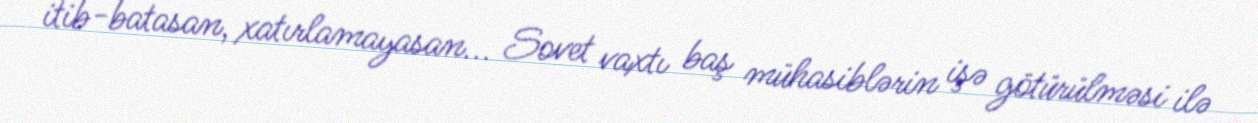
itib-batasan, xatırlamayasan... Sovet vaxtı baş mühasiblərin işə götürülməsi ilə